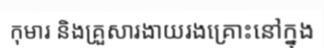
កុមារ និងគ្រួសារងាយរងគ្រោះនៅក្នុង